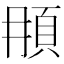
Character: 𩑞